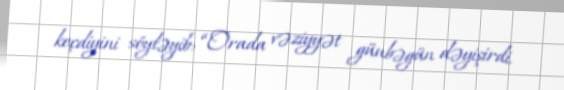
keçdiyini söyləyib: “Orada vəziyyət günbəgün dəyişirdi.